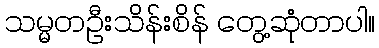
သမ္မတဦးသိန်းစိန် တွေ့ဆုံတာပါ။